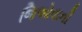
જિઓવાની